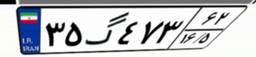
۳۵گ۴۷۳۶۲